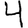
Digit: 4